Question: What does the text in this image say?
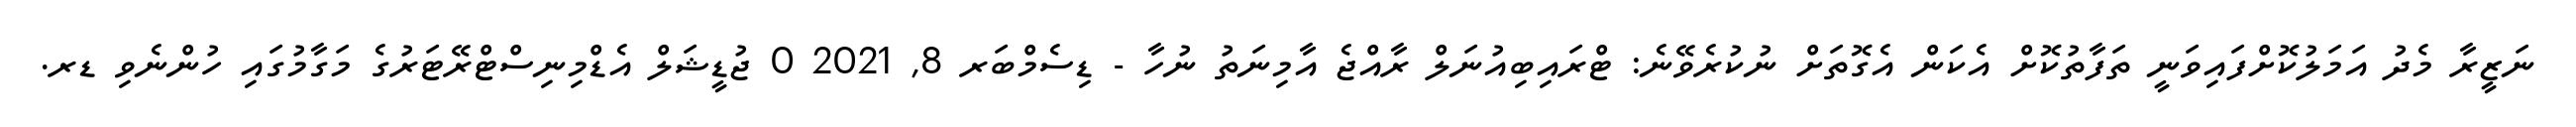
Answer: ނަޒީރާ މެދު އަމަލުކޮށްފައިވަނީ ތަފާތުކޮށް އެކަން އެގޮތަށް ނުކުރެވޭނެ: ޓްރައިބިއުނަލް ރާއްޖެ އާމިނަތު ނުހާ - ޑިސެމްބަރ 8, 2021 0 ޖުޑީޝަލް އެޑްމިނިސްޓްރޭޓަރުގެ މަގާމުގައި ހުންނެވި ޑރ.